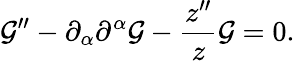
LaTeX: {\cal G}^{\prime\prime}-\partial_{\alpha}\partial^{\alpha}{\cal G}-\frac{z^{\prime\prime}}{z}{\cal G}=0.